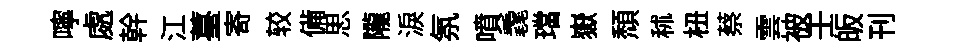
嚀處幹江薹寄较備思隴淚氛噴毳璫嶽頹秫杻蔡雲被壬皈刊